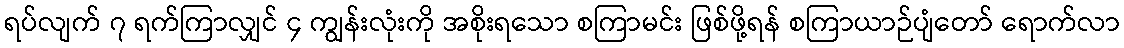
ရပ်လျက် ၇ ရက်ကြာလျှင် ၄ ကျွန်းလုံးကို အစိုးရသော စကြာမင်း ဖြစ်ဖို့ရန် စကြာယာဉ်ပျံတော် ရောက်လာ